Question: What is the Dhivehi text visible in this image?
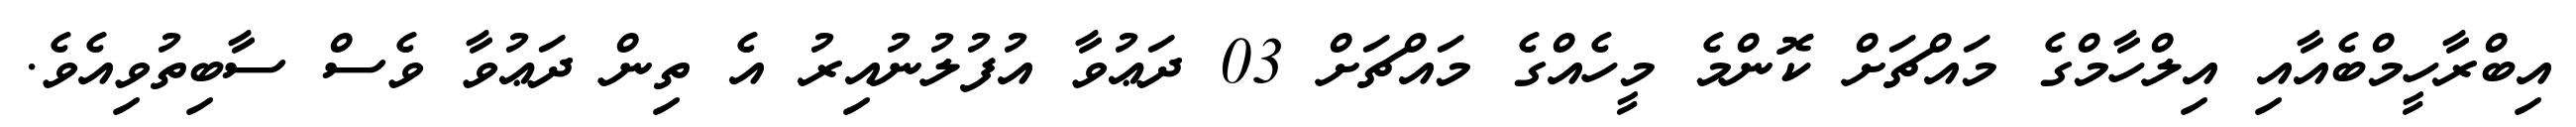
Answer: އިބްރާހީމްބެއާއި އިލްހާމްގެ މައްޗަށް ކޮންމެ މީހެއްގެ މައްޗަށް 03 ދަޢުވާ އުފުލުނުއިރު އެ ތިން ދަޢުވާ ވެސް ސާބިތުވިއެވެ.